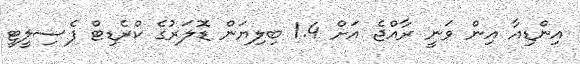
އިންޑިއާ އިން ވަނީ ރާއްޖެ އަށް 1.4 ބިލިޔަން ޑޮލަރުގެ ކްރެޑިޓް ފެސިލީޓީ